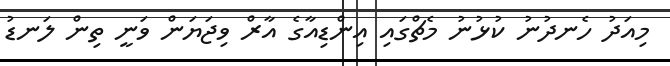
މިއަދު ހެނދުނު ކުޅުނު މެޗްގައި އިންޑިއާގެ އާރް ވިޖަޔަން ވަނީ ތިން ލަނޑު